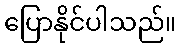
ပြောနိုင်ပါသည်။